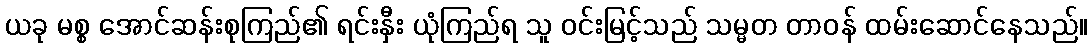
ယခု မစ္စ အောင်ဆန်းစုကြည်၏ ရင်းနှီး ယုံကြည်ရ သူ ဝင်းမြင့်သည် သမ္မတ တာဝန် ထမ်းဆောင်နေသည်။